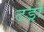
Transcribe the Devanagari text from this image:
टड्रो